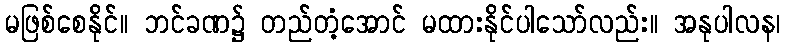
မဖြစ်စေနိုင်။ ဘင်ခဏ၌ တည်တံ့အောင် မထားနိုင်ပါသော်လည်း။ အနုပါလန၊